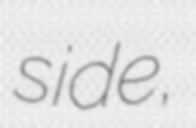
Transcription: side,